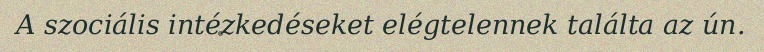
A szociális intézkedéseket elégtelennek találta az ún.